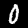
Digit: 0